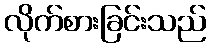
လိုက်စားခြင်းသည်